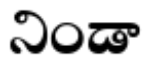
నిండా